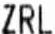
ZRL